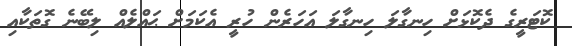
ކޮޓަރީގެ ދެކޮޅަށް ހިނގާލަ ހިނގާލަ އަހަރެން ހުރީ އެކަމަށް ޙައްލެއް ލިބޭނެ ގޮތަކާއި